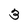
Character: 3